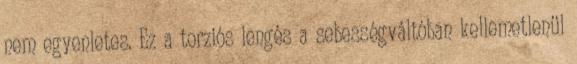
nem egyenletes. Ez a torziós lengés a sebességváltóban kellemetlenül